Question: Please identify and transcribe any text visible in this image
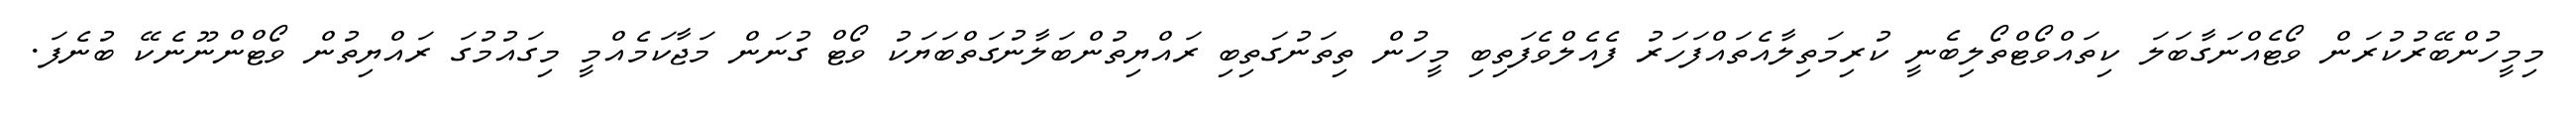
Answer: މިމީހުންބޭރުކުރަން ވޯޓެއްނަގާބަލަ ކިތައްވޯޓްތޯލިބެނީ ކުރިމަތިލާއެތައްފަހަރު ފެއެލްވެފަތިބި މީހުން ތިތަނުގަތިބި ރައްޔިތުންބަލާނުގަތްބަޔަކު ވޯޓް ގުނަން މަޖާކަމެއްމީ މިގައުމުގަ ރައްޔިތުން ވޯޓްންނޫނެކޭ ބުނެފަ.